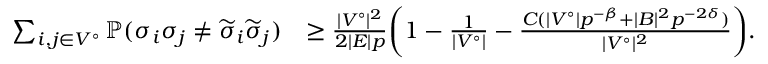
\begin{array} { r l } { \sum _ { i , j \in V ^ { \circ } } \mathbb { P } ( \sigma _ { i } \sigma _ { j } \ne \widetilde { \sigma } _ { i } \widetilde { \sigma } _ { j } ) } & { \ge \frac { | V ^ { \circ } | ^ { 2 } } { 2 | E | p } \biggl ( 1 - \frac { 1 } { | V ^ { \circ } | } - \frac { C ( | V ^ { \circ } | p ^ { - \beta } + | B | ^ { 2 } p ^ { - 2 \delta } ) } { | V ^ { \circ } | ^ { 2 } } \biggr ) . } \end{array}